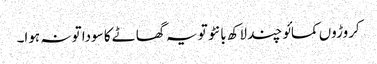
کروڑوں کمائو چند لاکھ بانٹو تو یہ گھاٹے کا سودا تو نہ ہوا۔